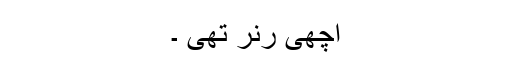
اچھی رنر تھی ۔